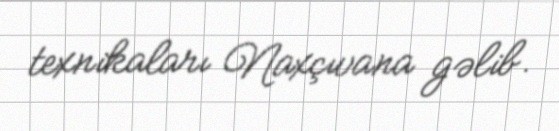
texnikaları Naxçıvana gəlib.